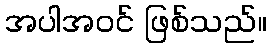
အပါအဝင် ဖြစ်သည်။